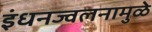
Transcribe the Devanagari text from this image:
इंधनज्वलनामुळे